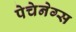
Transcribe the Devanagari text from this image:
पेचेनेग्स